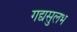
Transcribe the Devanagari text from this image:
गद्यसुलभ